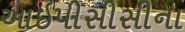
આઇપીસીસીના